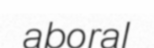
aboral